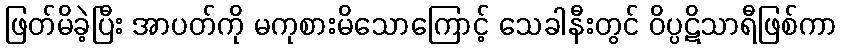
ဖြတ်မိခဲ့ပြီး အာပတ်ကို မကုစားမိသောကြောင့် သေခါနီးတွင် ဝိပ္ပဋိသာရီဖြစ်ကာ